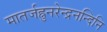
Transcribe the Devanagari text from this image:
मातर्जह्नुनरेन्द्रनन्दिनि